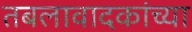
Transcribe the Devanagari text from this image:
तबलावादकांच्या